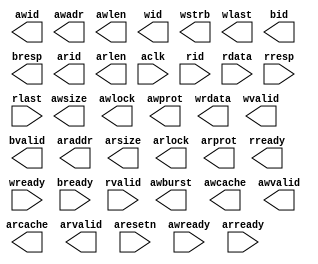
// This program was cloned from: https://github.com/ptracton/AXI_BFM
// License: MIT License

//                              -*- Mode: Verilog -*-
// Description     : AXI Master Generic
// Last Modified By: Philip Tracton
// Update Count    : 0
// Status          : Unknown, Use with caution!

module axi_master_generic (/*AUTOARG*/
   // Outputs
   awid, awadr, awlen, awsize, awburst, awlock, awcache, awprot,
   awvalid, wid, wrdata, wstrb, wlast, wvalid, bid, bresp, bvalid,
   arid, araddr, arlen, arsize, arlock, arcache, arprot, arvalid,
   rready,
   // Inputs
   aclk, aresetn, awready, wready, bready, arready, rid, rdata, rresp,
   rlast, rvalid
   ) ;
   //
   // Global Signals
   //
   input wire aclk;
   input wire aresetn;   //Active LOW
   
   //
   // Write Address Channel
   //
   output reg [3:0] awid;     // Address Write ID
   output reg [31:0] awadr;   // Write Address
   output reg [3:0]  awlen;   // Burst Length
   output reg [2:0]  awsize;  // Burst Size
   output reg [1:0]  awburst; // Burst Type
   output reg [1:0]  awlock;  // Lock Type
   output reg [3:0]  awcache; // Cache Type
   output reg [2:0]  awprot;  // Protection Type
   output reg        awvalid; // Write Address Valid   
   input wire        awready; // Write Address Ready

   //
   // Write Data Channel
   //
   output reg [3:0]  wid;     // Write ID
   output reg [31:0] wrdata;  // Write Data
   output reg [3:0]  wstrb;   // Write Strobes
   output reg        wlast;   // Write Last
   output reg        wvalid;  // Write Valid   
   input wire        wready;  // Write Ready
   
   //
   // Write Response CHannel
   //
   output reg [3:0]  bid;    // Response ID
   output reg [1:0]  bresp;  // Write Response
   output reg        bvalid; // Write Response Valid   
   input wire        bready; // Response Ready
   
   //
   // Read Address Channel
   //
   output reg [3:0]  arid;    // Read Address ID
   output reg [31:0] araddr;  // Read Address
   output reg [3:0]  arlen;   // Burst Length
   output reg [2:0]  arsize;  // Burst Size
   output reg [1:0]  arlock;  // Lock Type
   output reg [3:0]  arcache; // Cache Type
   output reg [2:0]  arprot;  // Protection Type
   output reg        arvalid; // Read Address Valid   
   input wire        arready; // Read Address Ready
   input wire [3:0]  rid;     // Read ID
   input wire [31:0] rdata;   // Read Data
   input wire [1:0]  rresp;   // Read Response
   input wire        rlast;   // Read Last
   input wire        rvalid;  // Read Valid
   output reg        rready;  // Read Ready
   
endmodule // axi_master_generic